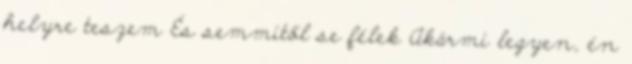
helyre teszem És semmitől se félek Akármi legyen, én